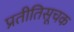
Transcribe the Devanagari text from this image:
प्रतीतिसूचक